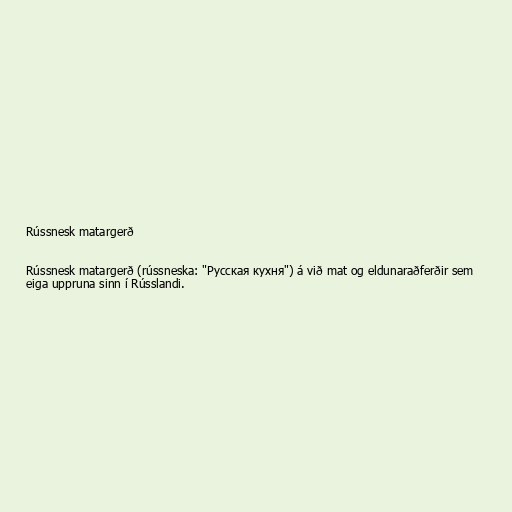
Rússnesk matargerð

Rússnesk matargerð (rússneska: "Русская кухня") á við mat og eldunaraðferðir sem
eiga uppruna sinn í Rússlandi.